Indian journal of veterinary science and animal husbandry - Volume 5,
Year: 1935
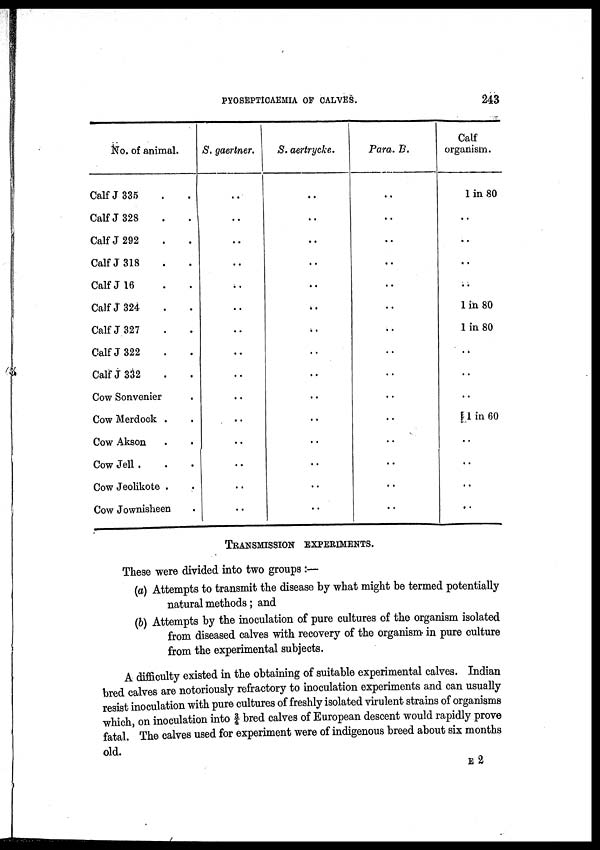
PYOSEPTICAEMIA OF CALVES.
243
No. of animal.
Calf J 335. .
Calf J 328 . .
Calf J 292 . .
Calf J 318 . .
Calf J 16 . .
Calf J 324 . .
Calf J 327 . .
Calf J 322 . .
Calf J 332 . .
Cow Sonvenier .
Cow Merdock .
Cow Akson . .
Cow Jell .
Cow Jeolikote . .
Cow Jownisheen .
S. gaertner.
..
..
..
..
..
..
..
..
..
..
..
..
..
..
..
S. aertrycke.
..
..
..
..
..
..
..
..
..
..
..
..
..
..
..
Para. B.
..
..
..
..
..
..
..
..
..
..
..
..
..
..
..
Calf
organism.
1 in 80
..
..
..
..
1 in 80
1 in 80
..
..
..
1 in 60
..
..
..
..
TRANSMISSION EXPERIMENTS.
These were divided into two groups :—
(a) Attempts to transmit the disease by what might be termed potentially
natural methods; and
(b) Attempts by the inoculation of pure cultures of the organism isolated
from diseased calves with recovery of the organism in pure culture
from the experimental subjects.
A difficulty existed in the obtaining of suitable experimental calves. Indian
bred calves are notoriously refractory to inoculation experiments and can usually
resist inoculation with pure cultures of freshly isolated virulent strains of organisms
which, on inoculation into 3/4 bred calves of European descent would rapidly prove
fatal. The calves used for experiment were of indigenous breed about six months
old.
E 2